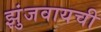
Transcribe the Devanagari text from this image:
झुंजवायची